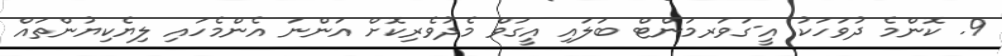
9. ކޮންމެ ދުވަހަކު އީ-ގަވަރމަންޓް ބަލައި އީގަވް މެދުވެރިކޮށް އަންނަ އެންމެހައި ލިޔެކިޔުންތައް